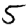
Digit: 5